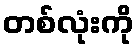
တစ်လုံးကို